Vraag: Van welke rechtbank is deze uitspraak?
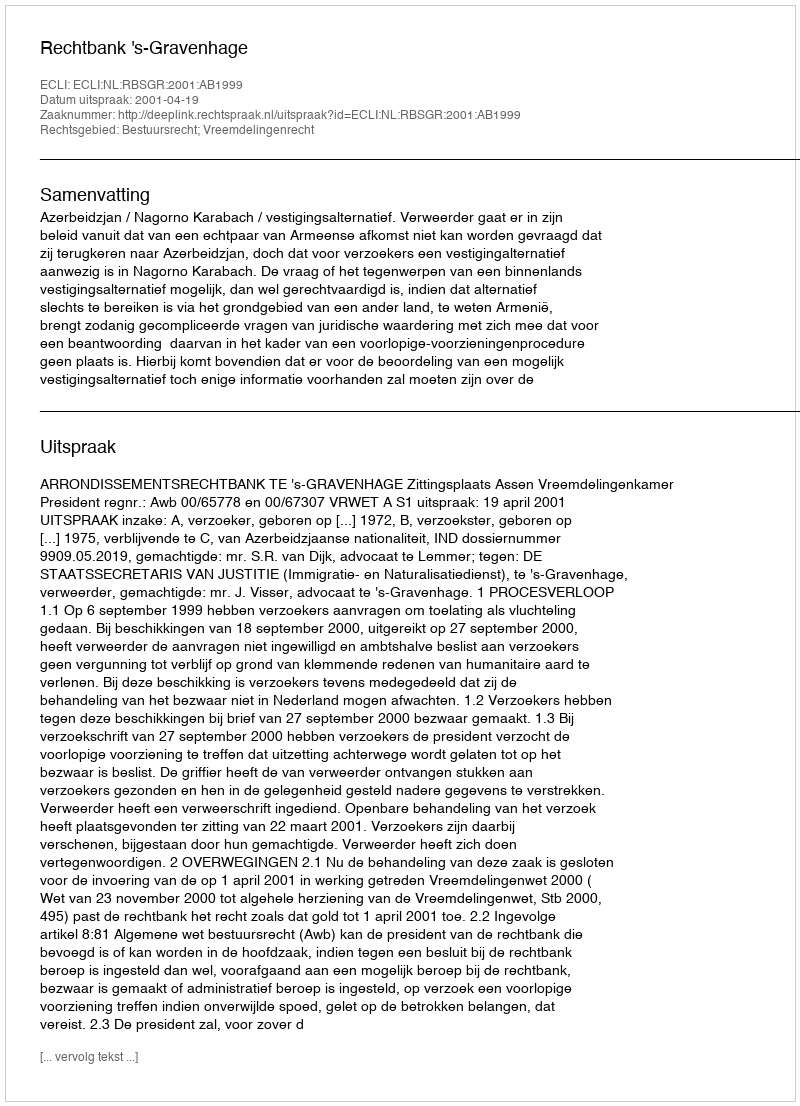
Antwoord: Rechtbank 's-Gravenhage